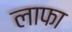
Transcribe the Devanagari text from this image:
लाफा